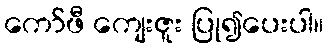
ကော်ဖီ ကျေးဇူး ပြု၍ပေးပါ။